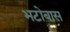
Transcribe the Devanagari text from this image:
भटोबास